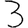
Digit: 3